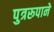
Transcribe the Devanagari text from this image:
पुत्ररूपाने